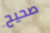
صحيح